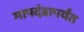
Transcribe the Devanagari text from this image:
मापदंडापर्यंत